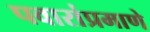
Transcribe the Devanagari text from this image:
पवारांप्रमाणे